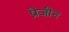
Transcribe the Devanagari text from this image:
प्रेजीन